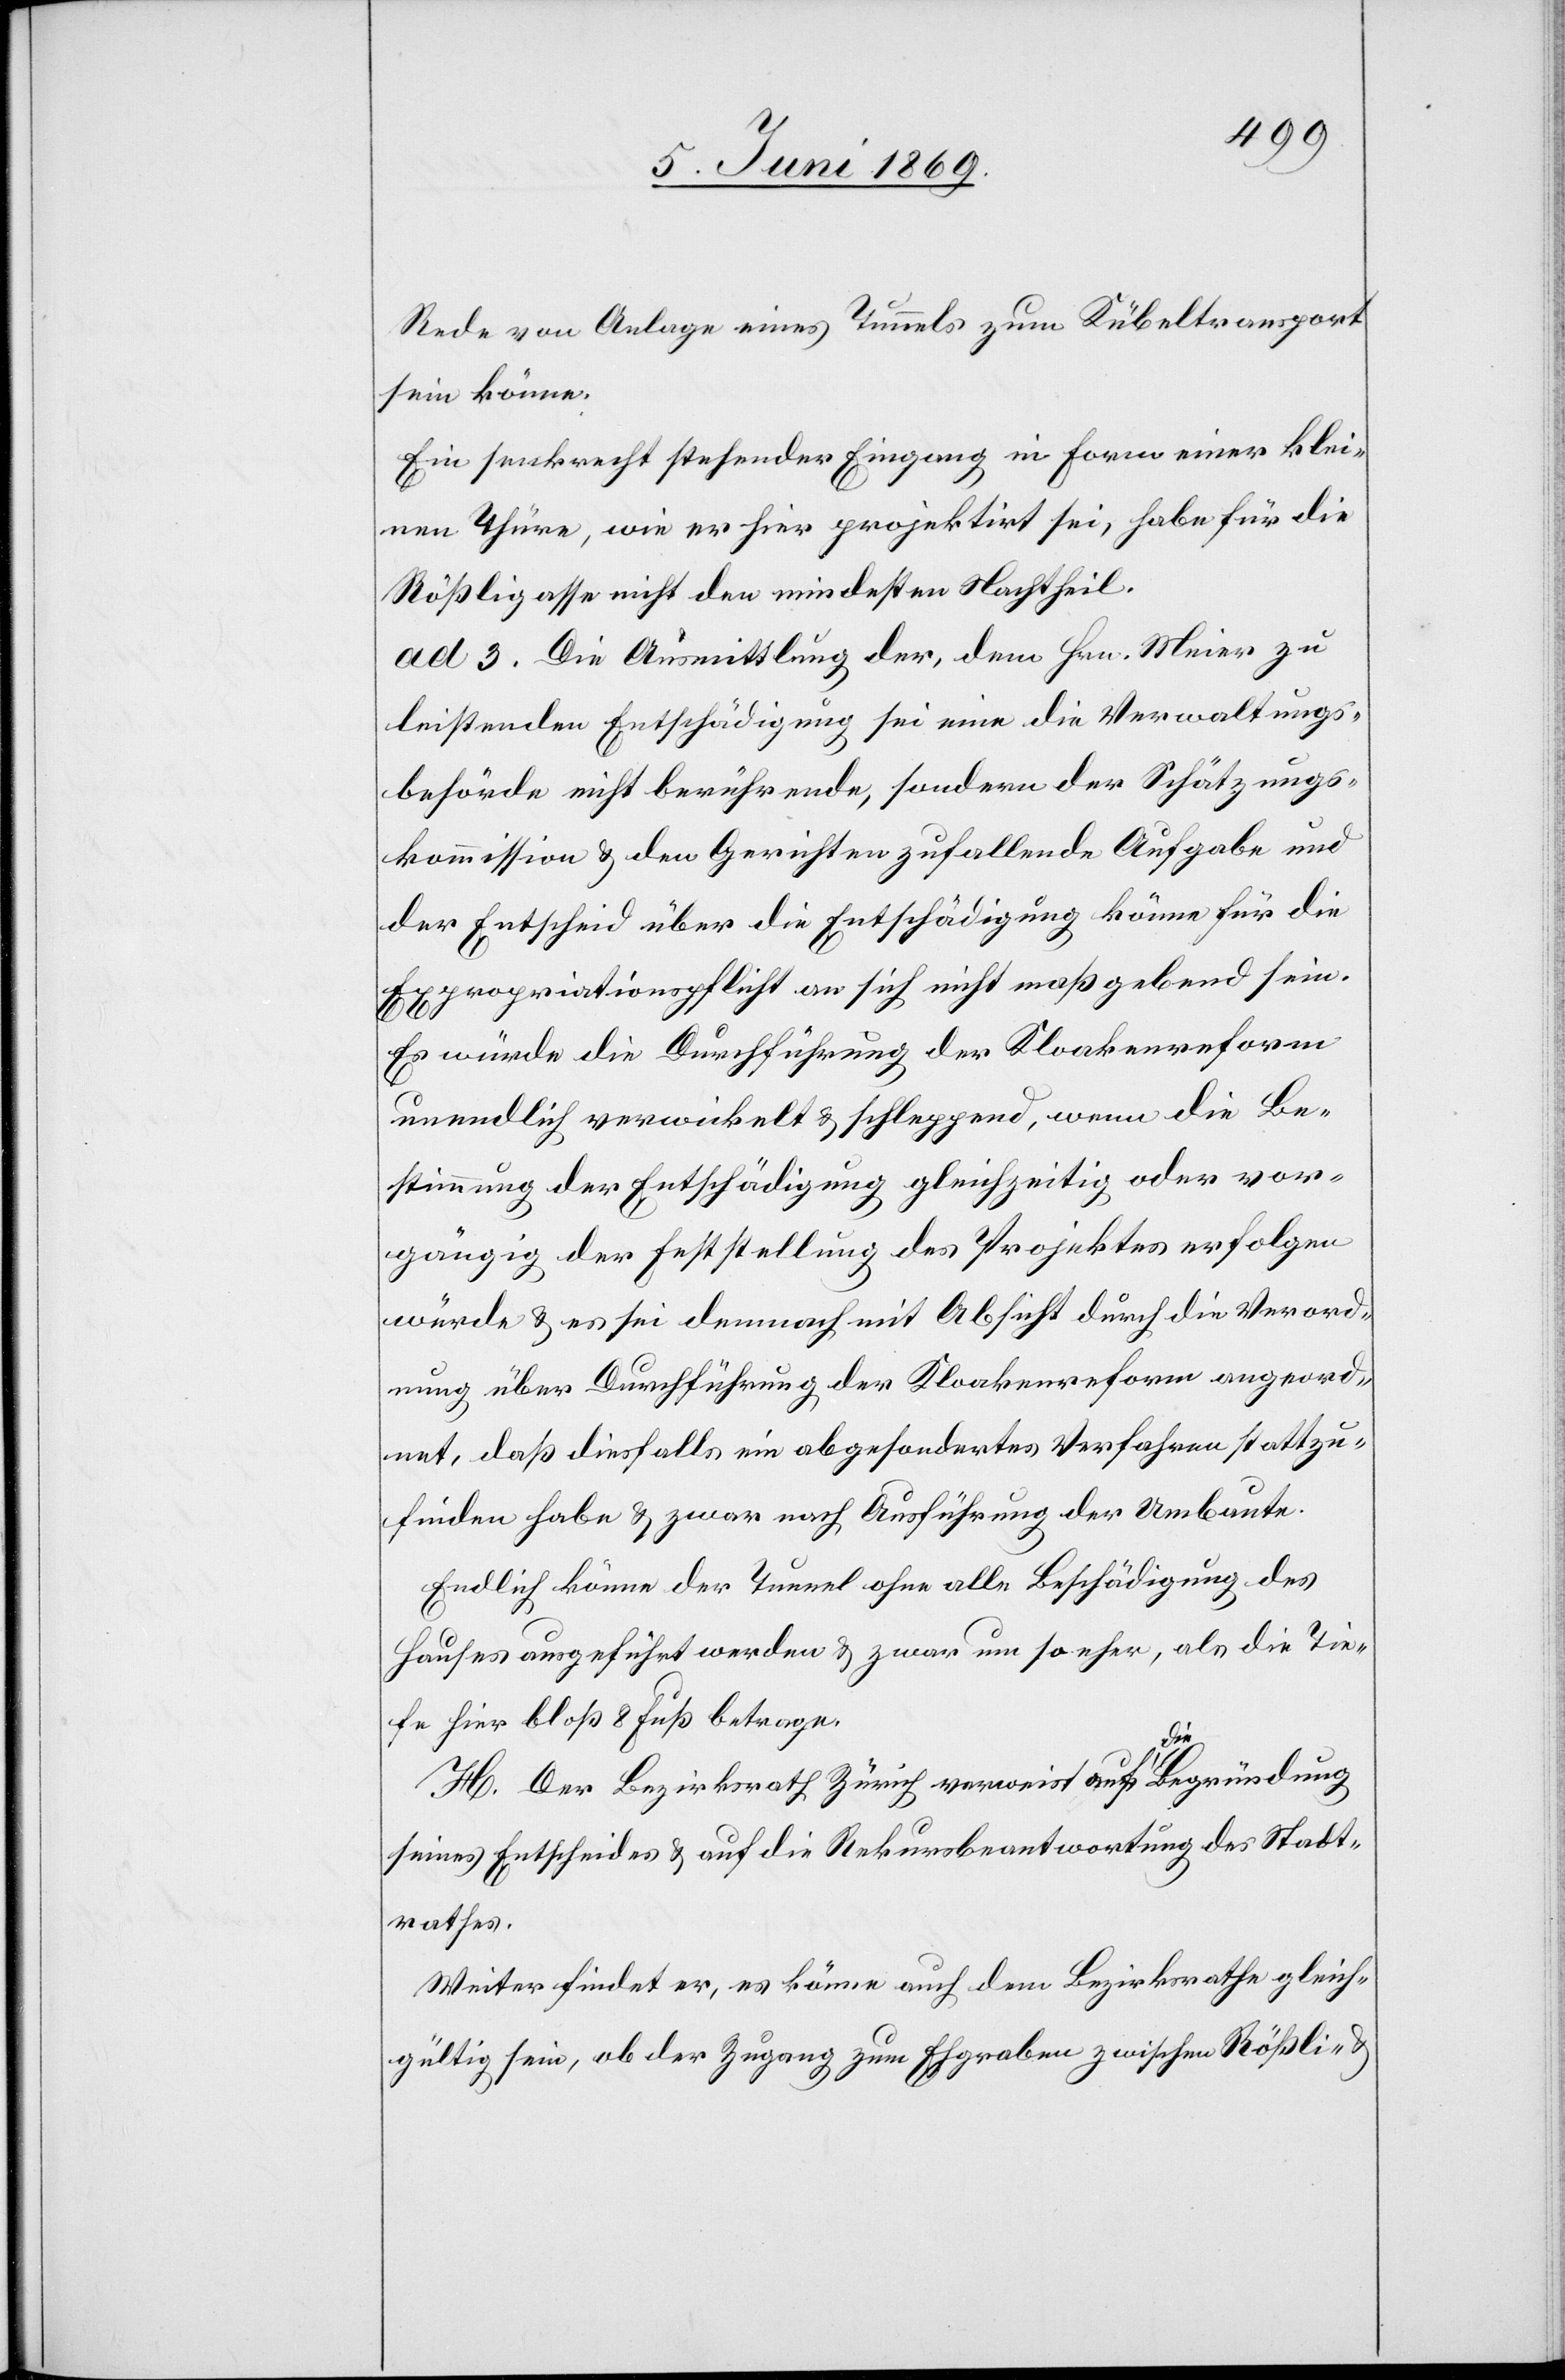
Rede von Anlage eines Tunnels zum Kübeltransport
sein könne.
Ein senkrecht stehender Eingang in Foren einer klei¬
nen Thüre, wie er hier projektirt sei, habe für die
Rößligasse nicht den mindestens Nachtheil.
[sic!] Die Ausmittlung der, dem Hrn. Meier zu
leistenden Entschädigung sei eine die Verwaltungs¬
behörde nicht berührende, sondern der Schätzungs¬
kommission u. den Gerichten zufallende Aufgabe und
der Entscheid über die Entschädigung könne für die
Expropriationspflicht an sich nicht maßgebend sein.
Es würde die Durchführung der Kloakenreform
unendlich verwickelt u. schleppend, wenn die Be¬
stimmung der Entschädigung gleichzeitig oder vor¬
gängig der Erstellung des Projektes erfolgen
würde u. es sei dennoch mit Absicht durch die Verord¬
nung über Durchführung der Kloakenreform angeord¬
net, daß diesfalls ein abgesondertes Verfahren stattzu¬
finden habe u. zwar nach Ausführung der Umbaute.
Endlich könne der Tunnel ohne alle Beschädigung des
Hauses ausgeführt werden u. zwar um so eher, als die Tie¬
fe hier bloß 8 Fuß betrage.
H. Der Bezirksrath Zürich verweist auf die Begründung
seines Entscheides u. auf die Rekursbeantwortung des Stadt¬
rathes.
Weiter findet er, es könne auch dem Bezirksrathe gleich¬
gültig sein, ob der Zugang zum Ehgraben zwischen Rößli-